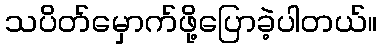
သပိတ်မှောက်ဖို့ပြောခဲ့ပါတယ်။